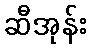
ဆီအုန်း